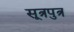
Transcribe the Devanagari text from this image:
सूत्रपुत्र